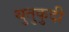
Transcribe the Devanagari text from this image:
थुतुकुदी